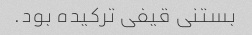
بستنی قیفی ترکیده بود.